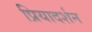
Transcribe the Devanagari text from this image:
प्रियादर्शन